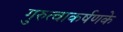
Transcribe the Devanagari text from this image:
गुरुत्वाकर्षणके